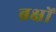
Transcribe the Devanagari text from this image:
ब्रक्षों